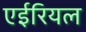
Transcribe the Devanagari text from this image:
एईरियल